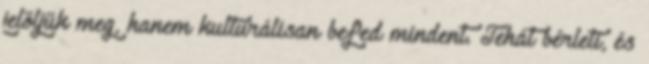
jelöljük meg, hanem kulturálisan befed mindent. Tehát bérleti, és